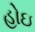
હોઇ